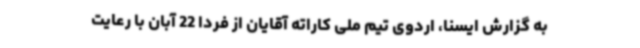
به گزارش ایسنا، اردوی تیم ملی کاراته آقایان از فردا 22 آبان با رعایت